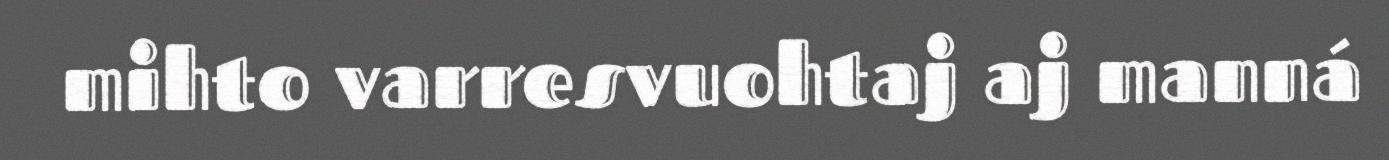
mihto varresvuohtaj aj manná